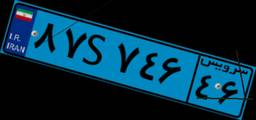
۹۳S۷۶۴۶۷